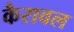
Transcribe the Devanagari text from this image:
कैरावल